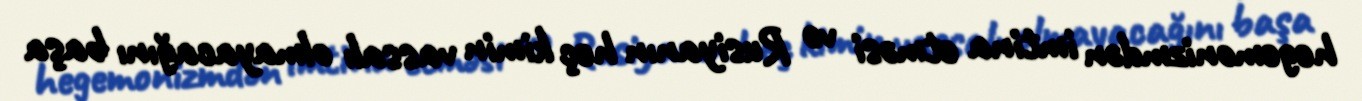
hegemonizmdən imtina etməsi və Rusiyanın heç kimin vassalı olmayacağını başa